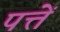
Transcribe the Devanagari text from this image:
पत्तें